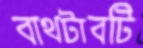
বাথটাবটি